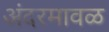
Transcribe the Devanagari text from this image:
अंदरमावळ